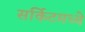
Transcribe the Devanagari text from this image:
सर्किटमध्ये